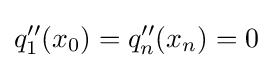
q''_{1}(x_{0})=q''_{n}(x_{n})=0